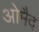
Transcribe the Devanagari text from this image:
ओमैद